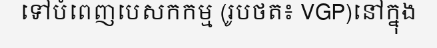
ទៅបំពេញបេសកកម្ម (រូបថត៖ VGP)នៅក្នុង